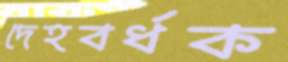
দেহবর্ধক